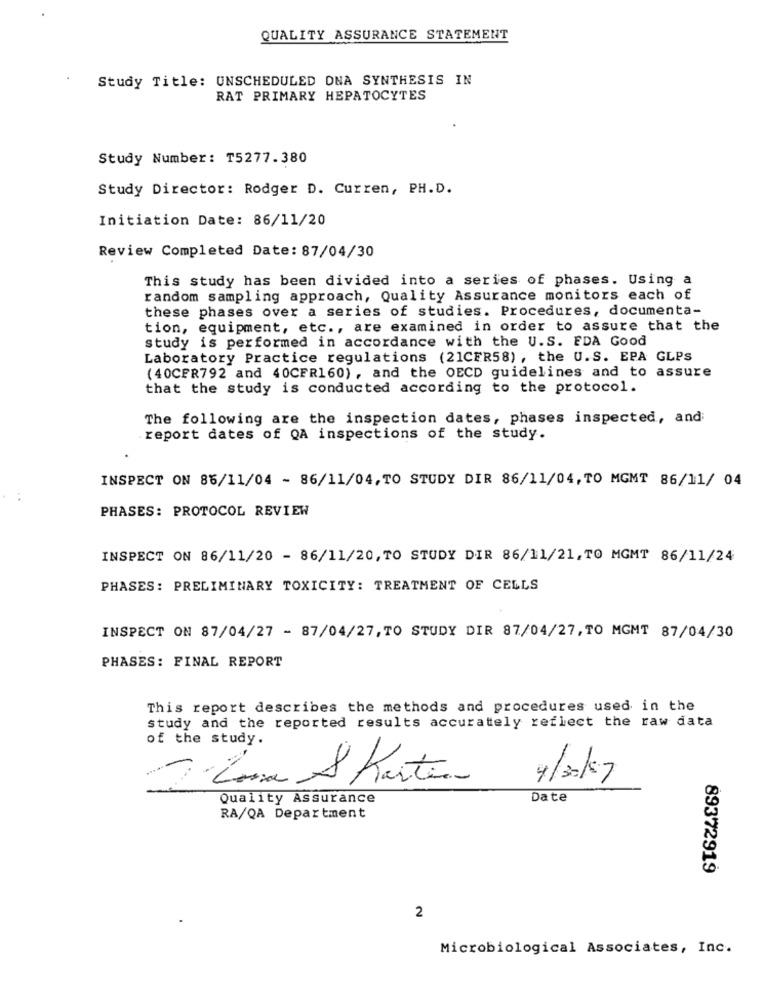
QUALITY ASSURANCE STATEMENT
Study Title: UNSCHEDULED ONA SYNTHESIS IN
RAT PRIMARY HEPATOCYTES
Study Number: T5277.380
Study Director: Rodger D. Curren, PH.D.
Initiation Date: 86/11/20
Review Completed Date: 87/04/30
This study has been divided into a series of phases. Using a
random sampling approach, Quality Assurance monitors each of
these phases over a series of studies. Procedures, documenta-
tion, equipment, etc ., are examined in order to assure that the
study is performed in accordance with the U.S. EDA Good
Laboratory Practice regulations (21CFR58) , the U.S. EPA GLPS
(40CFR792 and 40CFR160) , and the OECD guidelines and to assure
that the study is conducted according to the protocol.
The following are the inspection dates, phases inspected, and
report dates of QA inspections of the study.
INSPECT ON 85/11/04 - 86/11/04, TO STUDY DIR 86/11/04, TO MGMT 86/11/ 04
PHASES: PROTOCOL REVIEW
INSPECT ON 86/11/20 - 86/11/20, TO STUDY DIR 86/11/21, TO MGMT 86/11/24
PHASES: PRELIMINARY TOXICITY: TREATMENT OF CELLS
INSPECT ON 87/04/27 - 87/04/27, TO STUDY DIR 87/04/27, TO MGMT 87/04/30
PHASES: FINAL REPORT
This report describes the methods and procedures used in the
study and the reported results accurately reflect the raw data
of the study.
La S Karten
4/30/57
Quality Assurance
Date
RA/QA Department
89372919
2
Microbiological Associates, Inc.